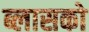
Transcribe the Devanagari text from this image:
ब्लासको